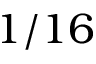
1 / 1 6